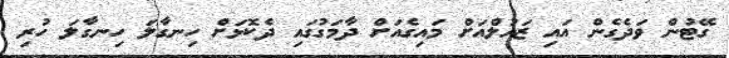
ގޭޓުން ވަދެގެން އައި ޒައުލްއަށް މައިގެއަށް ދާމަގުގައި ދެކޮޅަށް ހިނގާލަ ހިނގާލަ ހުރި